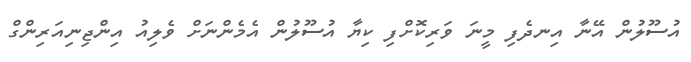
އުސޫލުން އޭނާ އިނދެފި މީނަ ވަރިކޮށްފި ކިޔާ އުސޫލުން އެމެންނަށް ވެލިއު އިންޖިނިއަރިންގް